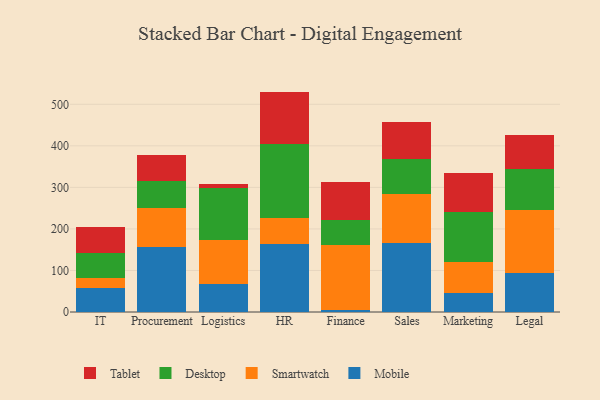
{"axis": {"x": "Department", "y": "Net Income (USD K)"}, "legend": ["Desktop", "Mobile", "Smartwatch", "Tablet"], "data": [{"x": "IT", "y": 57.1, "type": "Mobile"}, {"x": "IT", "y": 24.0, "type": "Smartwatch"}, {"x": "IT", "y": 61.9, "type": "Desktop"}, {"x": "IT", "y": 62.7, "type": "Tablet"}, {"x": "Procurement", "y": 157.5, "type": "Mobile"}, {"x": "Procurement", "y": 92.4, "type": "Smartwatch"}, {"x": "Procurement", "y": 66.2, "type": "Desktop"}, {"x": "Procurement", "y": 61.5, "type": "Tablet"}, {"x": "Logistics", "y": 68.3, "type": "Mobile"}, {"x": "Logistics", "y": 105.4, "type": "Smartwatch"}, {"x": "Logistics", "y": 125.6, "type": "Desktop"}, {"x": "Logistics", "y": 9.4, "type": "Tablet"}, {"x": "HR", "y": 162.9, "type": "Mobile"}, {"x": "HR", "y": 62.8, "type": "Smartwatch"}, {"x": "HR", "y": 178.1, "type": "Desktop"}, {"x": "HR", "y": 126.8, "type": "Tablet"}, {"x": "Finance", "y": 5.2, "type": "Mobile"}, {"x": "Finance", "y": 155.5, "type": "Smartwatch"}, {"x": "Finance", "y": 60.2, "type": "Desktop"}, {"x": "Finance", "y": 91.7, "type": "Tablet"}, {"x": "Sales", "y": 166.2, "type": "Mobile"}, {"x": "Sales", "y": 116.7, "type": "Smartwatch"}, {"x": "Sales", "y": 86.2, "type": "Desktop"}, {"x": "Sales", "y": 89.4, "type": "Tablet"}, {"x": "Marketing", "y": 46.4, "type": "Mobile"}, {"x": "Marketing", "y": 73.8, "type": "Smartwatch"}, {"x": "Marketing", "y": 120.0, "type": "Desktop"}, {"x": "Marketing", "y": 93.3, "type": "Tablet"}, {"x": "Legal", "y": 93.8, "type": "Mobile"}, {"x": "Legal", "y": 152.3, "type": "Smartwatch"}, {"x": "Legal", "y": 98.9, "type": "Desktop"}, {"x": "Legal", "y": 81.9, "type": "Tablet"}]}